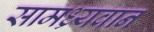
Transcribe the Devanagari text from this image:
सामध्र्यवान